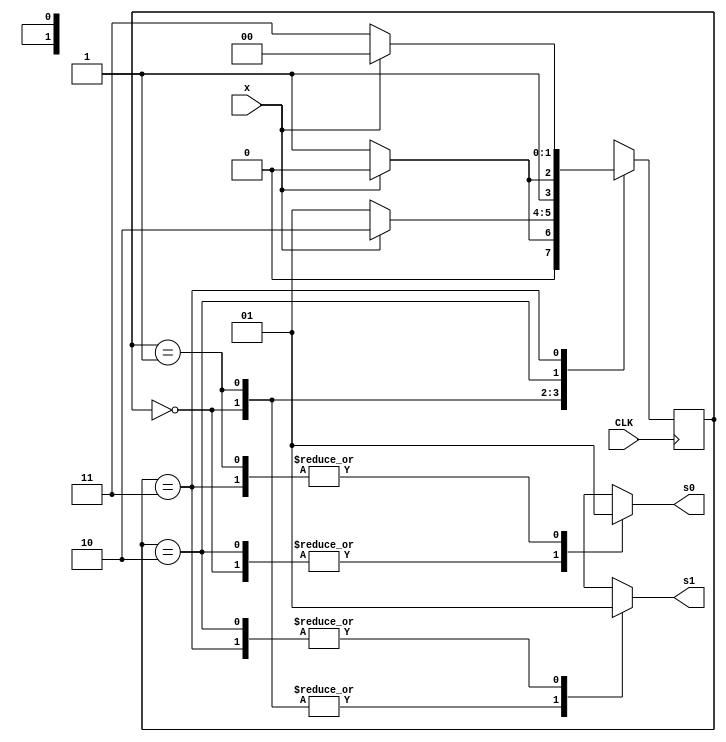
module fsm_modo(x,CLK,s1,s0);
input x,CLK;
output reg s1,s0;

//declaracao do registrador
reg [1:0] state;

//declaracao dos estados
// senhaM = senhaMODO(estado que serve apenas como transicao), senhaS = senhaSET(estado que serve para receber a senha). O mesmo
// serve para tentM e tentS

parameter senhaM = 2'b00, senhaS = 2'b01, tentM = 2'b10, tentS = 2'b11; 

initial begin
    state <=senhaM;
end

//descricao dos estados

always@(posedge CLK) begin
    case(state)

        senhaM: begin
            if(x==1) state <= senhaM;
            else
                state <= senhaS;
        end
        senhaS: begin
            if(x==0) state <= senhaS;
            else
                state <= tentM;
        end
        tentM: begin
            if(x==1) state <= tentM;
            else
                state <= tentS;
        end
        tentS: begin
            if(x==0) state<=tentS;
            else
                state <=senhaM;
        end
    endcase
end

//descricao das saidas

always@(state) begin //como a MdE eh do tipo Moore, a saida depende apenas do estado atual
    case(state)
        senhaM: begin
            s1 = 0;
            s0 = 0;
        end
        senhaS: begin
            s1 = 0;
            s0 = 1;
        end
        tentM: begin
            s1 = 1;
            s0 = 0;
        end
        tentS: begin
            s1 = 1;
            s0 = 1;
        end
    endcase
end
endmodule